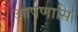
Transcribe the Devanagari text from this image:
आपणासि